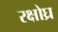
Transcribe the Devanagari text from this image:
रक्षोघ्र